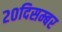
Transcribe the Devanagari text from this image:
२०दिसम्बर